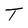
Character: T